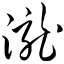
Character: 泷